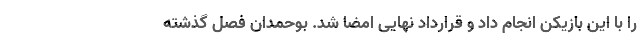
را با این بازیکن انجام داد و قرارداد نهایی امضا شد. بوحمدان فصل گذشته